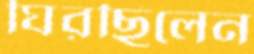
ঘিরছিলেন